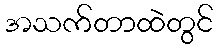
အသက်တာထဲတွင်